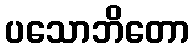
ပသောဘိတော